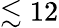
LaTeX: \lesssim 12